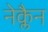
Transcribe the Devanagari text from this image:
नेक्लैन